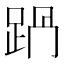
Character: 𨀩